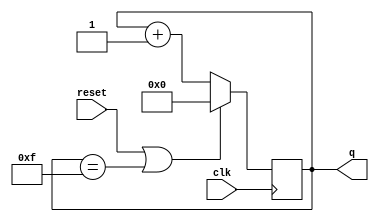
module top_module (
    input clk,
    input reset,      // Synchronous active-high reset
    output [3:0] q);
    always @(posedge clk) begin
        if(reset | q == 4'b1111) q <= 4'b0;
        else q <= q + 4'b1;
    end
endmodule